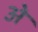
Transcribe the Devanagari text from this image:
अे